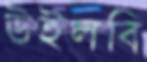
উইলবি